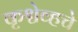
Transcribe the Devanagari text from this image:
कृश्चेव्हचे